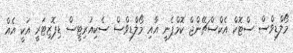
މޯލްޑިވްސް ސްޓޮކް އެކްސްޗޭންޖް ކޮމްޕެނީ އާއި މޯލްޑިވްސް ސެކިއުރިޓީސް ޑިޕޮޒިޓަރީ އަކީ އެއް